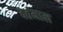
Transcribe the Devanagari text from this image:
वर्तमाल